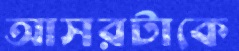
আসরটাকে